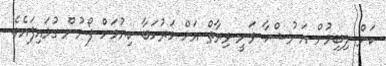
ކަން ލިބިމުން އަނުޝްކާ ވަނީ ވިރާތް އަށް މަރުހަބާ ކިޔުމަށް ފޯނުން ގުޅައިފައެވެ.